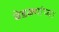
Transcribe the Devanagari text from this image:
बेडक्यांच्या